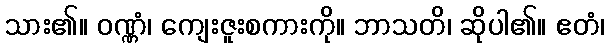
သား၏။ ဝဏ္ဏံ၊ ကျေးဇူးစကားကို။ ဘာသတိ၊ ဆိုပါ၏။ ဧတံ၊